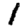
Digit: 1